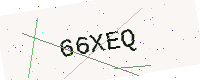
Text: 66XEQ